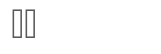
٦٩